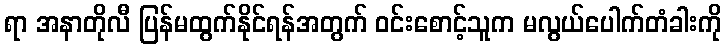
ရာ အနာတိုလီ ပြန်မထွက်နိုင်ရန်အတွက် ဝင်းစောင့်သူက မလွယ်ပေါက်တံခါးကို